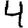
Digit: 4